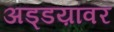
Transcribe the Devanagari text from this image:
अड्डय़ांवर